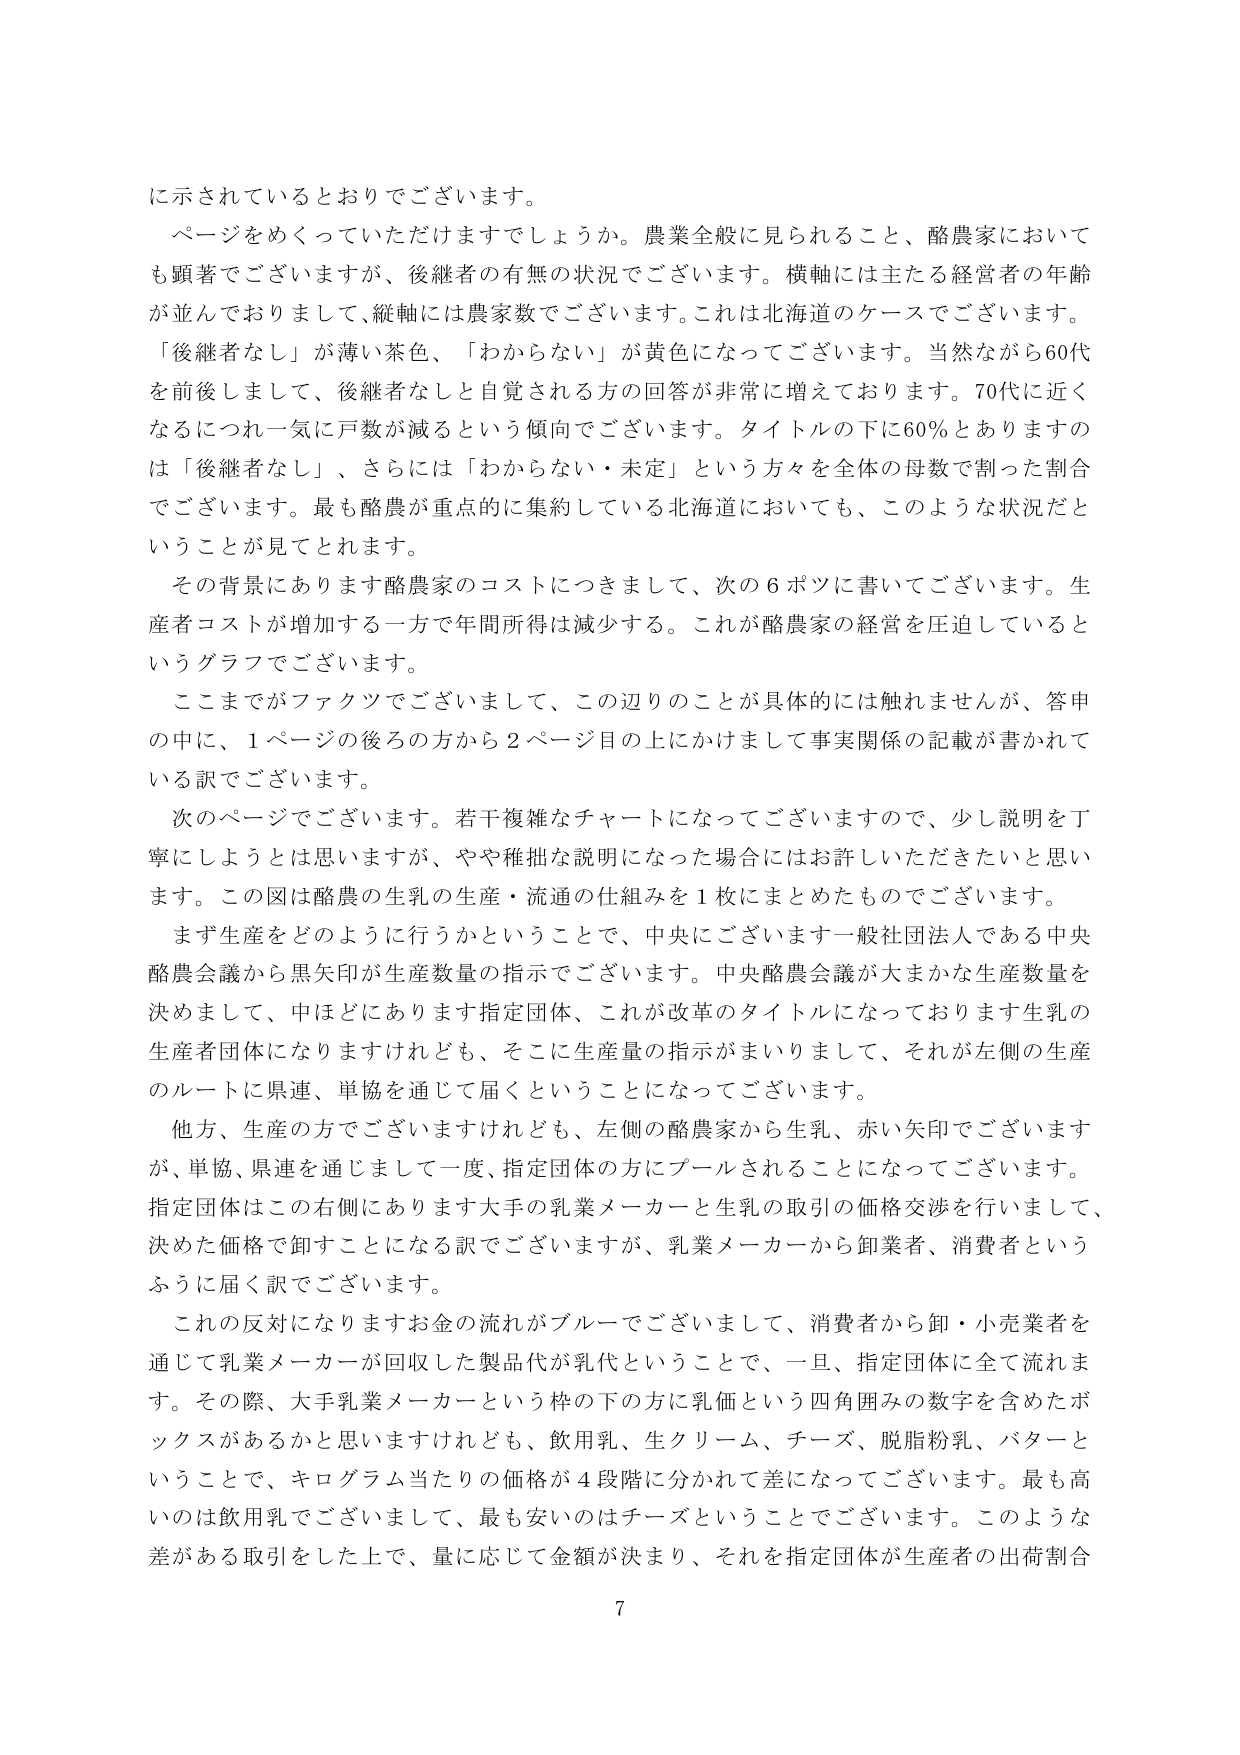
に示されているとおりでございます。

ページをめくっていただけますでしょうか。農業全般に見られること、酪農家においても顕著でございますが、後継者の有無の状況でございます。横軸には主たる経営者の年齢が並んでおりまして、縦軸には農家数でございます。これは北海道のケースでございます。「後継者なし」が薄い茶色、「わからない」が黄色になってございます。当然ながら60代を前後しまして、後継者なしと自覚される方の回答が非常に増えております。70代に近くなるにつれ一気に戸数が減るという傾向でございます。タイトルの下に60％とありますのは「後継者なし」、さらには「わからない・未定」という方々を全体の母数で割った割合でございます。最も酪農が重点的に集約している北海道においても、このような状況だということが見てとれます。

その背景にあります酪農家のコストにつきまして、次の6ポツに書いてございます。生産者コストが増加する一方で年間所得は減少する。これが酪農家の経営を圧迫しているというグラフでございます。

ここまでがファクトでございまして、この辺りのことが具体的には触れませんが、答申の中に、1ページの後ろの方から2ページ目の上にかけて事実関係の記載が書かれている訳でございます。

次のページでございます。若干複雑なチャートになってございますので、少し説明を丁寧にしようとは思いますが、やや稚拙な説明になった場合にはお許しいただきたいと思います。この図は酪農の生乳の生産・流通の仕組みを1枚にまとめたものでございます。

まず生産をどのように行うかということで、中央にございます一般社団法人である中央酪農会議から黒矢印が生産数量の指示でございます。中央酪農会議が大まかな生産数量を決めまして、中ほどにあります指定団体、これが改革のタイトルになっております生乳の生産者団体になりますけれども、そこに生産量の指示がまいりまして、それが左側の生産のルートに県連、単協を通じて届くということになってございます。

他方、生産の方でございますけれども、左側の酪農家から生乳、赤い矢印でございますが、単協、県連を通じまして一度、指定団体の方にプールされることになってございます。指定団体はこの右側にあります大手の乳業メーカーと生乳の取引の価格交渉を行いまして、決めた価格で卸すことになる訳でございますが、乳業メーカーから卸業者、消費者というふうに届く訳でございます。

これの反対になりますお金の流れがブルーでございまして、消費者から卸・小売業者を通じて乳業メーカーが回収した製品代が乳代ということで、一旦、指定団体に全て流れます。その際、大手乳業メーカーという枠の下の方に乳価という四角囲みの数字を含めたボックスがあるかと思いますけれども、飲用乳、生クリーム、チーズ、脱脂粉乳、バターということで、キログラム当たりの価格が4段階に分かれて差になってございます。最も高いのは飲用乳でございまして、最も安いのはチーズということでございます。このような差がある取引をした上で、量に応じて金額が決まり、それを指定団体が生産者の出荷割合

7